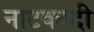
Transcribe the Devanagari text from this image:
नाटकादी